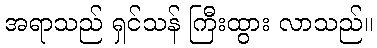
အရာသည် ရှင်သန် ကြီးထွား လာသည်။